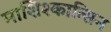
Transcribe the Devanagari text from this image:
माशिश्कात्सिन